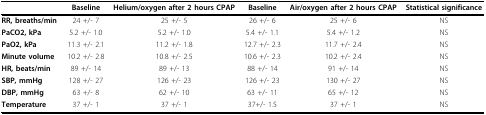
<table><thead><tr><td></td><td><b>Baseline</b></td><td><b>Helium/oxygen after 2 hours CPAP</b></td><td><b>Baseline</b></td><td><b>Air/oxygen after 2 hours CPAP</b></td><td><b>Statistical significance</b></td></tr></thead><tbody><tr><td><b>RR, breaths/min</b></td><td>24 +/- 7</td><td>25 +/- 5</td><td>26 +/- 6</td><td>25 +/- 6</td><td>NS</td></tr><tr><td><b>PaCO2, kPa</b></td><td>5.2 +/- 1.0</td><td>5.2 +/- 1.0</td><td>5.4 +/- 1.1</td><td>5.4 +/- 1.2</td><td>NS</td></tr><tr><td><b>PaO2, kPa</b></td><td>11.3 +/- 2.1</td><td>11.2 +/- 1.8</td><td>12.7 +/- 2.3</td><td>11.7 +/- 2.4</td><td>NS</td></tr><tr><td><b>Minute volume</b></td><td>10.2 +/- 2.8</td><td>10.8 +/- 2.5</td><td>10.6 +/- 2.3</td><td>10.2 +/- 2.4</td><td>NS</td></tr><tr><td><b>HR, beats/min</b></td><td>89 +/- 14</td><td>89 +/- 13</td><td>88 +/- 14</td><td>91 +/- 14</td><td>NS</td></tr><tr><td><b>SBP, mmHg</b></td><td>128 +/- 27</td><td>126 +/- 23</td><td>126 +/- 23</td><td>130 +/- 27</td><td>NS</td></tr><tr><td><b>DBP, mmHg</b></td><td>63 +/- 8</td><td>62 +/- 10</td><td>63 +/- 11</td><td>65 +/- 12</td><td>NS</td></tr><tr><td><b>Temperature</b></td><td>37 +/- 1</td><td>37 +/- 1</td><td>37+/- 1.5</td><td>37 +/- 1</td><td>NS</td></tr></tbody></table>